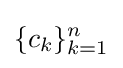
\{c_{k}\}_{k=1}^{n}